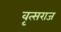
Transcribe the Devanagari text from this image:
वृत्सराज